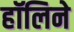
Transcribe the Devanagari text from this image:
हॉलिने